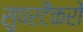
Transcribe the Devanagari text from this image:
सुपरटैंकरों